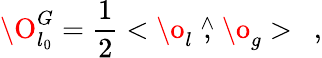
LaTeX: \O_{l_{0}}^{G}=\frac{1}{2}<\o_{l}\stackrel{\wedge}{,}\o_{g}>\ \ ,